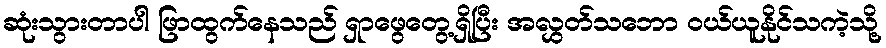
ဆုံးသွားတာပါ ဖြာထွက်နေသည် ရှာဖွေတွေ့ရှိပြီး အလွှတ်သဘော ဝယ်ယူနိုင်သကဲ့သို့